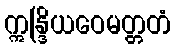
ဣန္ဒြိယဝေမတ္တတံ